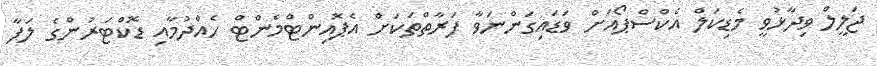
ޖަލީލް ވިދާޅުވީ މެޑިކަލް އެކްސްޕޯއަށް ވަޑައިގަންނަވާ ފަރާތްތަކަށް އެޕޮއިންޓްމެންޓް ހެއްދުމާއި ޑޮކްޓަރުންގެ ލަފާ